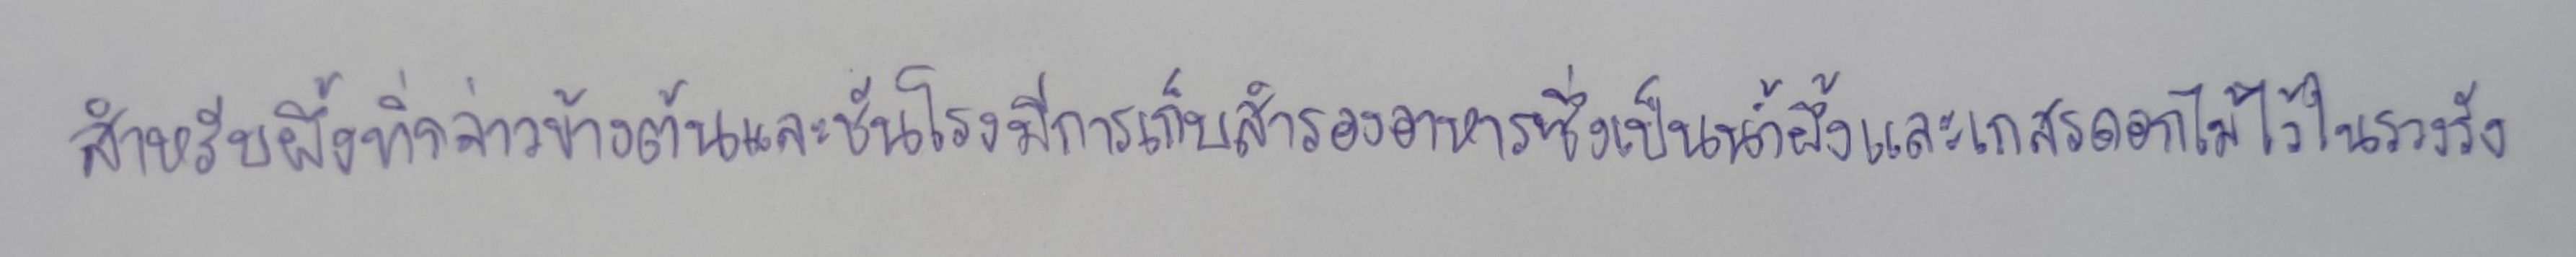
สำหรับผึ้งที่กล่าวข้างต้นและชันโรงมีการเก็บสำรองอาหารซึ่งเป็นน้ำผึ้งและเกสรดอกไม้ไว้ในรวงรัง